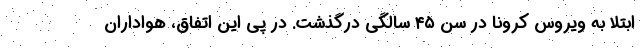
ابتلا به ویروس کرونا در سن ۴۵ سالگی درگذشت. در پی این اتفاق، هواداران